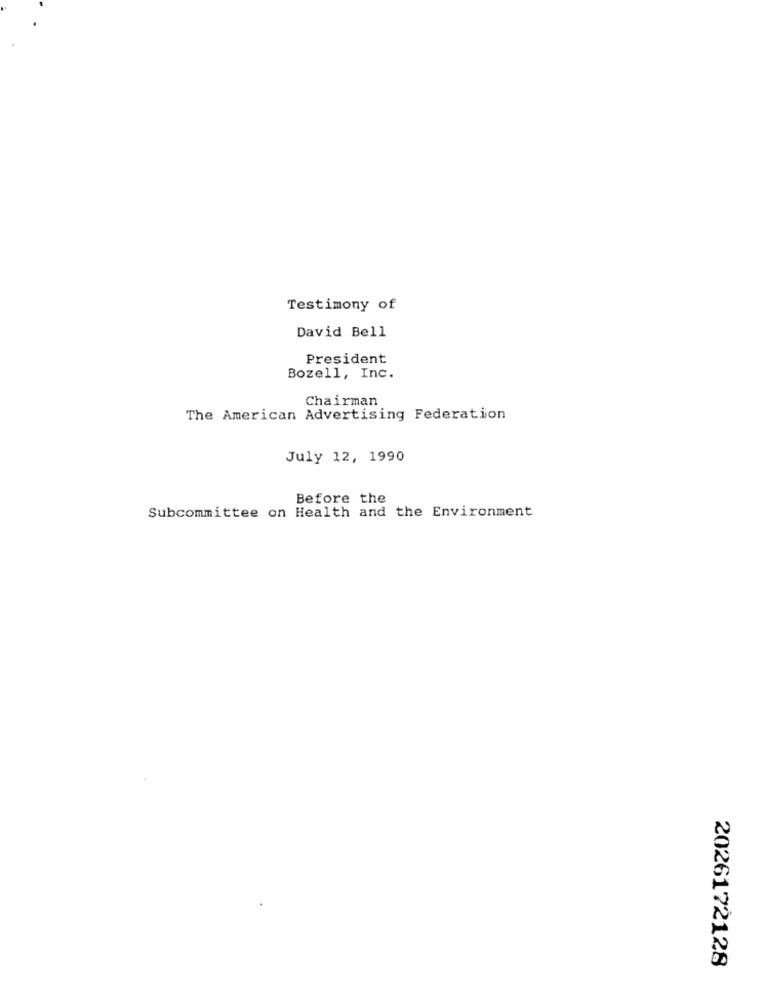
Testimony of
David Bell
President
Bozell, Inc.
Chairman
The American Advertising Federation
July 12, 1990
Before the
Subcommittee on Health and the Environment
2026172128